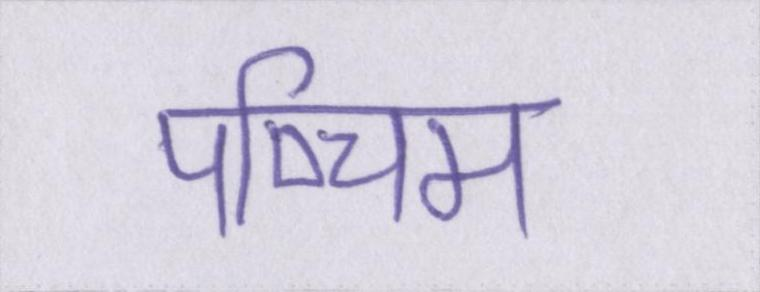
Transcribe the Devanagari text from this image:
पष्चिम